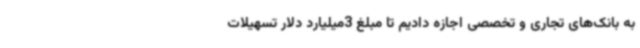
به بانک‌های تجاری و تخصصی اجازه دادیم تا مبلغ 3میلیارد دلار تسهیلات